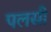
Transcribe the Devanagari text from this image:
पलसी